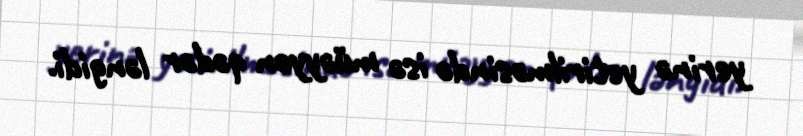
yerinə yetirilməsində isə müəyyən qədər ləngidi.